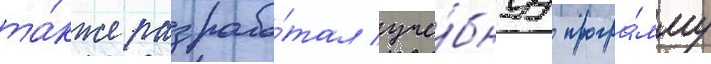
та́кже разрабо́тал уче́бнуу програ́мму